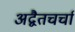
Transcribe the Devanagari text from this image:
अद्वैतचर्चा